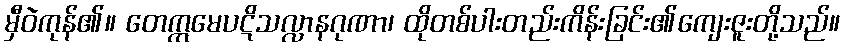
မှီဝဲကုန်၏။ တေဣမေပဋိသလ္လာနဂုဏာ၊ ထိုတစ်ပါးတည်းကိန်းခြင်း၏ကျေးဇူးတို့သည်။